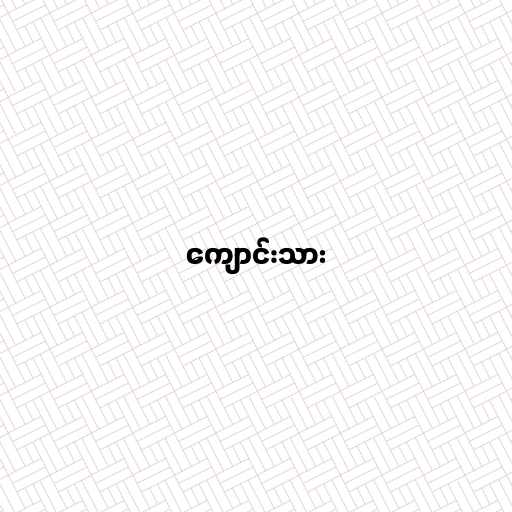
ကျောင်းသား